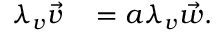
\begin{array} { r l } { \lambda _ { v } \vec { v } } & { { } = a \lambda _ { v } \vec { w } . } \end{array}